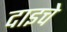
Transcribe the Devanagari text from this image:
दाइचे